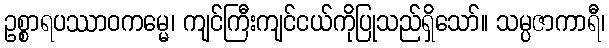
ဥစ္စာရပဿာဝကမ္မေ၊ ကျင်ကြီးကျင်ငယ်ကိုပြုသည်ရှိသော်။ သမ္ပဇာကာရီ၊